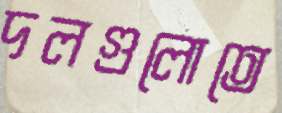
দলগুলোতে